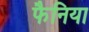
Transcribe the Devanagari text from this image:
फैनिया